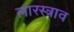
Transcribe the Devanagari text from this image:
लारस्त्राव